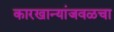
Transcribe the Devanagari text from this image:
कारखान्यांजवळचा